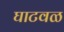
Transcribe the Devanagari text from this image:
घाटवळ